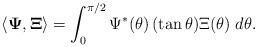
\begin{align*}\langle {\bf \Psi},{\bf \Xi} \rangle=\int_0 ^{\pi/2} \Psi^*(\theta)\,(\tan \theta) \Xi(\theta) \; d\theta .\end{align*}